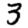
Digit: 3